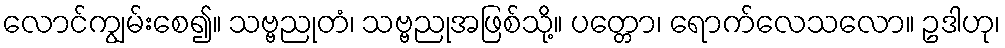
လောင်ကျွမ်းစေ၍။ သဗ္ဗညုတံ၊ သဗ္ဗညုအဖြစ်သို့။ ပတ္တော၊ ရောက်လေသလော။ ဥဒါဟု၊